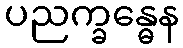
ပညက္ခန္ဓေန